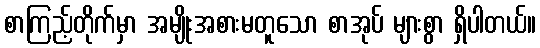
စာကြည့်တိုက်မှာ အမျိုးအစားမတူသော စာအုပ် များစွာ ရှိပါတယ်။